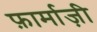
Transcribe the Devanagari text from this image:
फ़ार्माज़ी